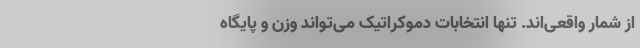
از شمار واقعی‌اند. تنها انتخابات دموکراتیک می‌تواند وزن و پایگاه